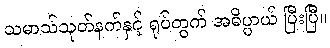
သမာသ်သုတ်နက်နှင့် ရုပ်တွက် အဓိပ္ပာယ် ပြီးပြီ။